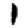
Digit: 1